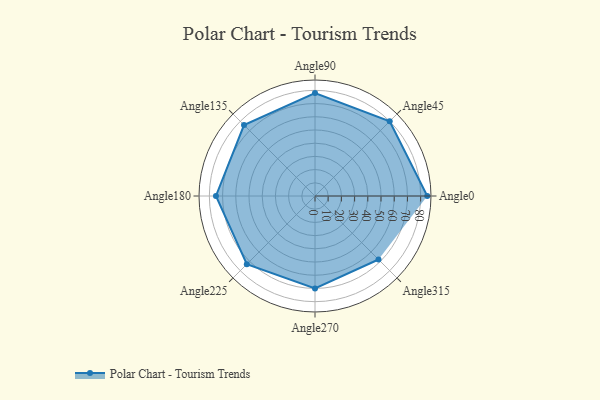
{"axis": {"x": "Angle", "y": "Radius"}, "legend": [""], "data": [{"x": "Angle0", "y": 85.0, "type": ""}, {"x": "Angle45", "y": 80.0, "type": ""}, {"x": "Angle90", "y": 78.0, "type": ""}, {"x": "Angle135", "y": 76.0, "type": ""}, {"x": "Angle180", "y": 75.0, "type": ""}, {"x": "Angle225", "y": 73.0, "type": ""}, {"x": "Angle270", "y": 70.0, "type": ""}, {"x": "Angle315", "y": 68.0, "type": ""}]}